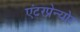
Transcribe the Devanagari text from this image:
एंटरप्रेन्योर